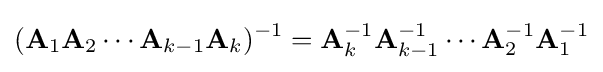
(\mathbf {A} _{1}\mathbf {A} _{2}\cdots \mathbf {A} _{k-1}\mathbf {A} _{k})^{-1}=\mathbf {A} _{k}^{-1}\mathbf {A} _{k-1}^{-1}\cdots \mathbf {A} _{2}^{-1}\mathbf {A} _{1}^{-1}